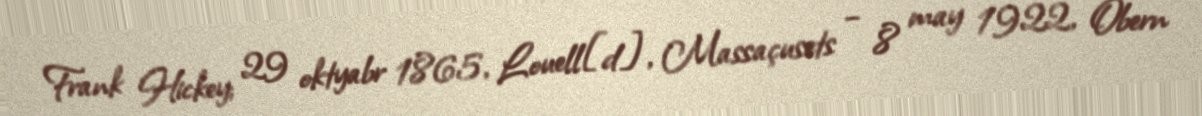
Frank Hickey; 29 oktyabr 1865, Louell[d], Massaçusets – 8 may 1922, Obern